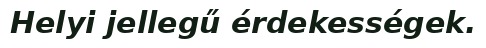
Helyi jellegű érdekességek.